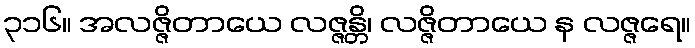
၃၁၆။ အလဇ္ဇိတာယေ လဇ္ဇန္တိ၊ လဇ္ဇိတာယေ န လဇ္ဇရေ။